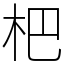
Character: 杷